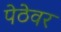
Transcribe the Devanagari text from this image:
पेठेवर